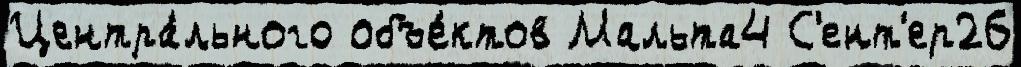
Центра́льного объе́ктов Мальта4 С'ент'ер26